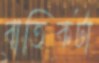
বাতিকটা